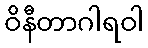
ဝိနီတာဂါရဝါ